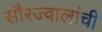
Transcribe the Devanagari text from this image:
सौरज्वालांची